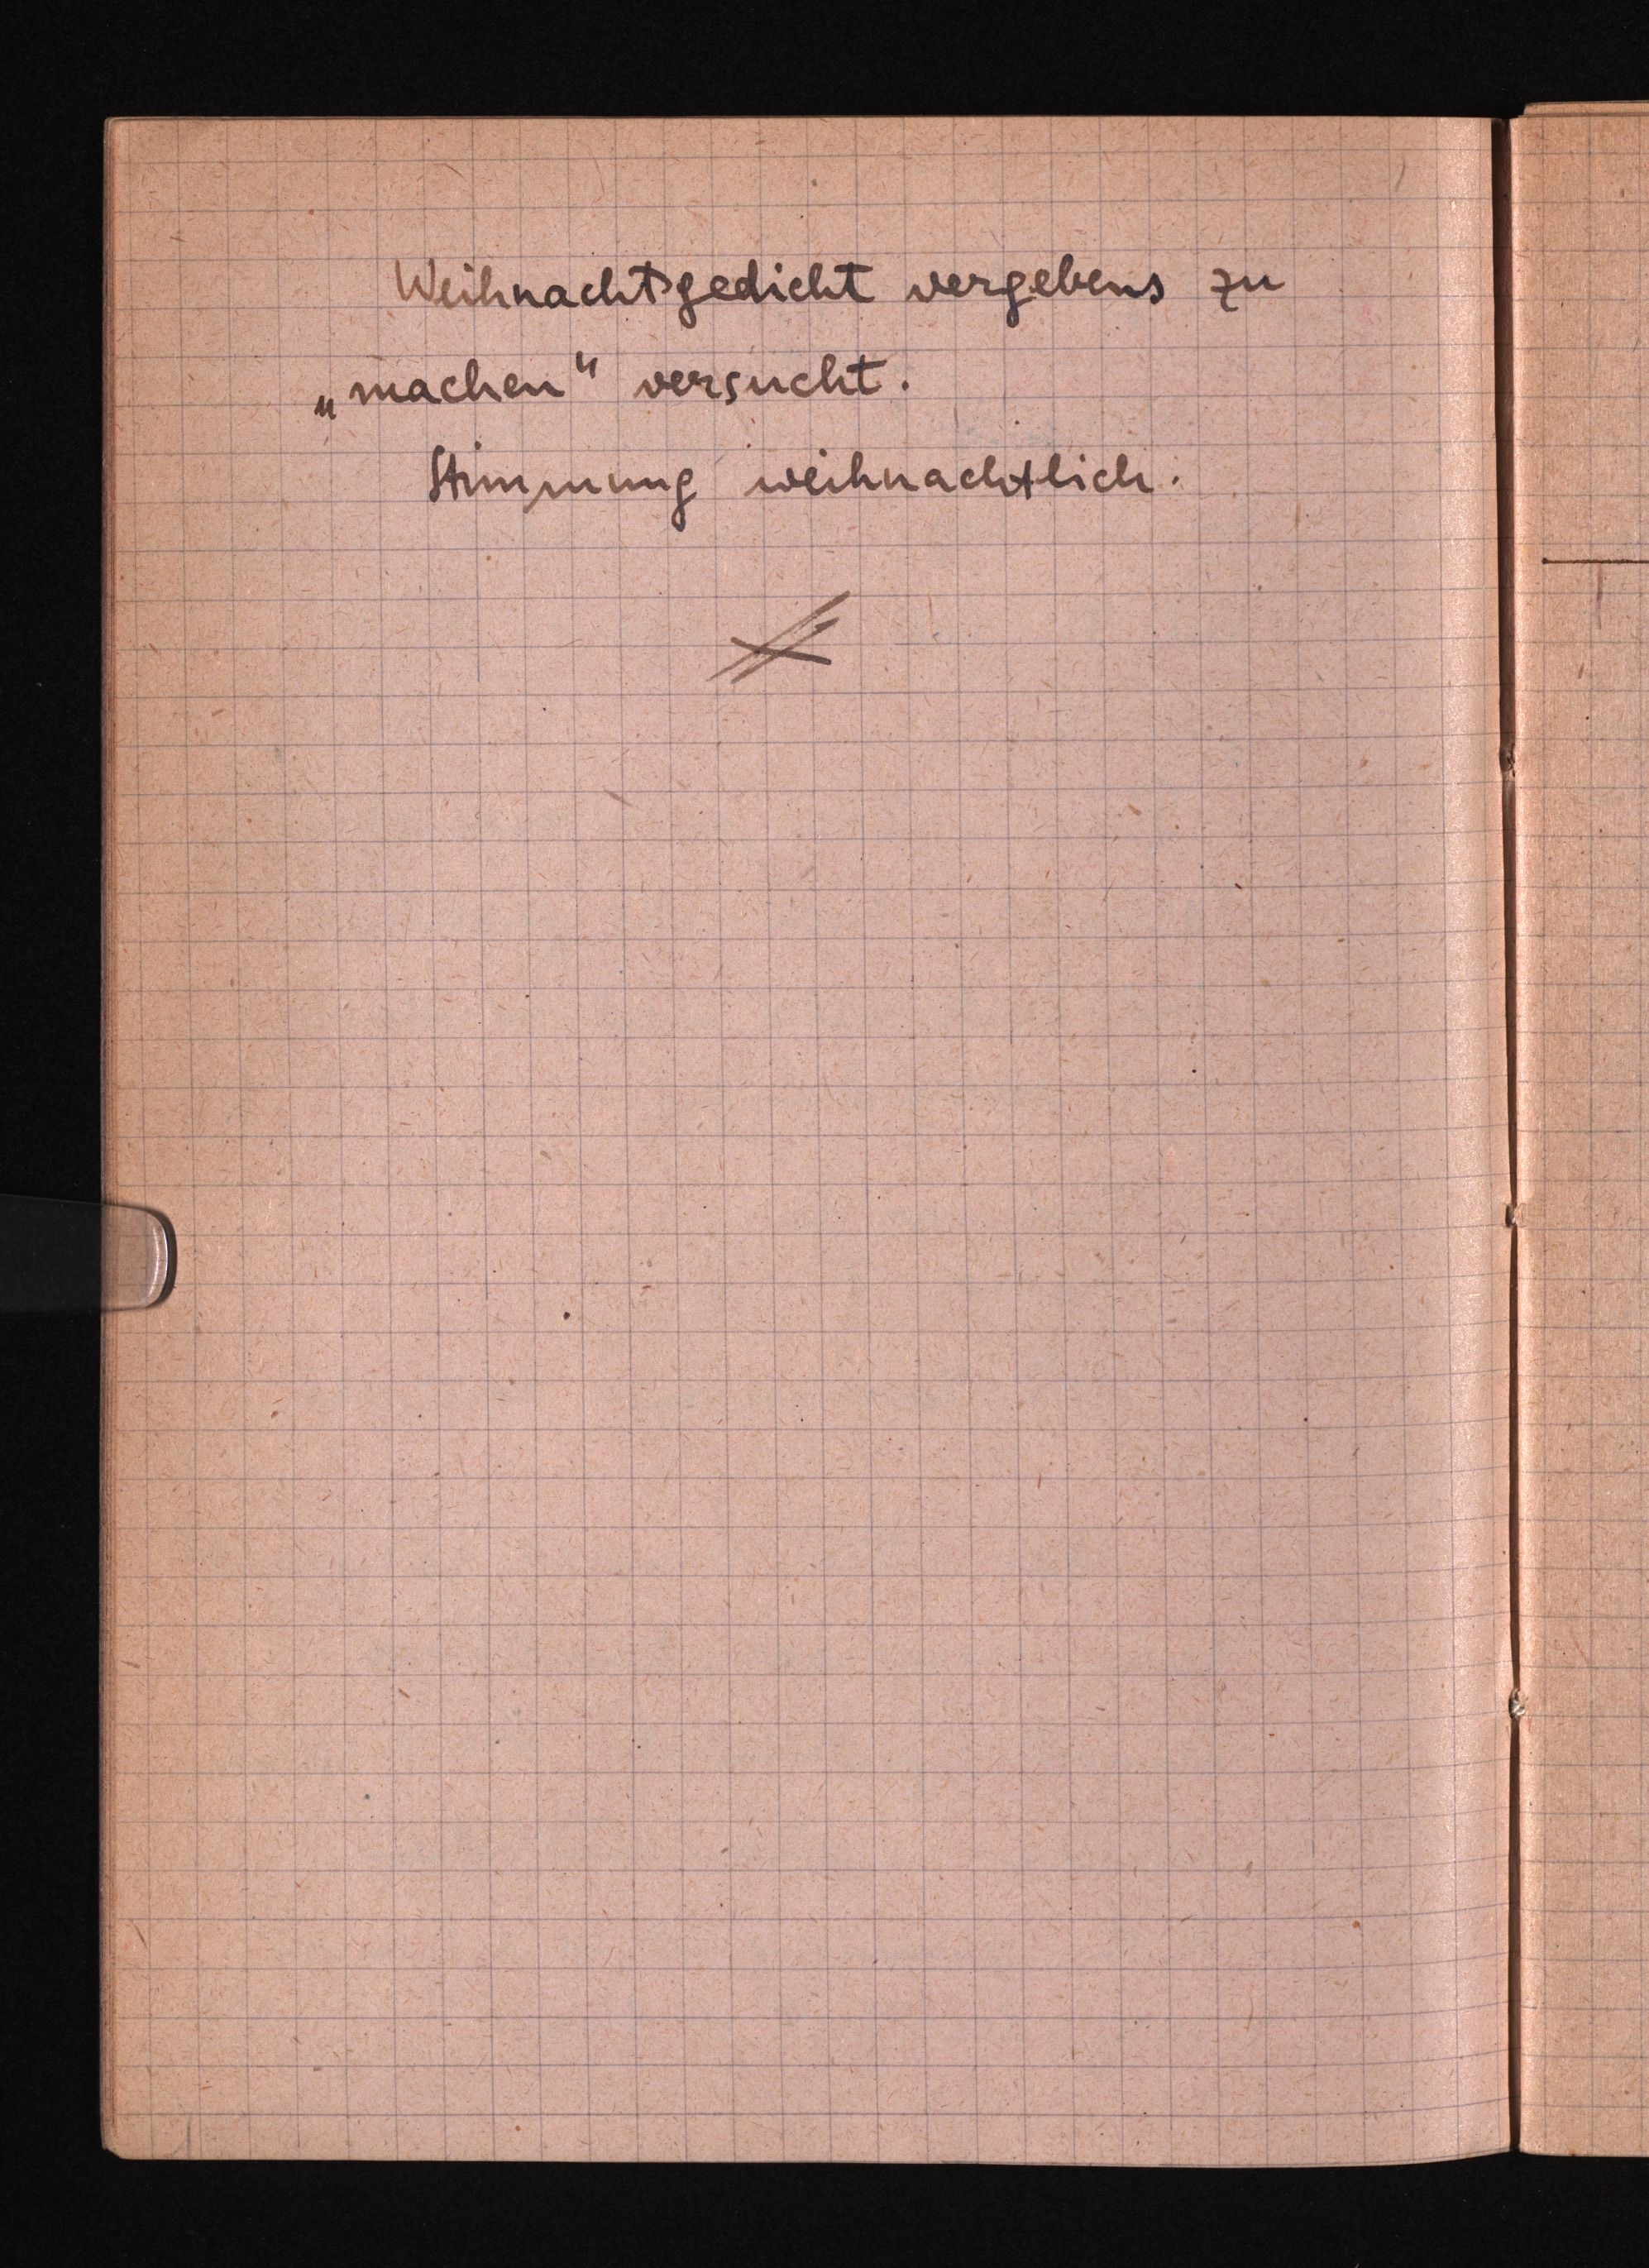
Weihnachtsgedicht vergebens zu
"machen" versucht.
Stimmung weihnachtlich.